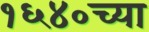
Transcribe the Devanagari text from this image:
१६४०च्या